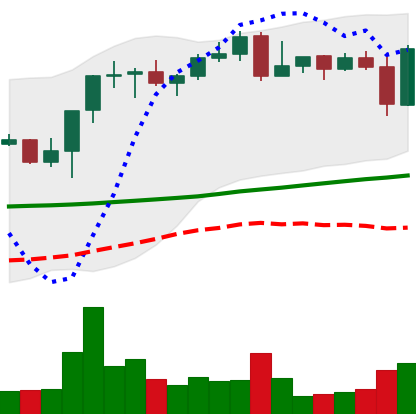
Ticker: BNB-USD
Chart end date: 2021-10-28
Forward return: 12.689%
Label: up_7plus